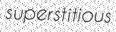
superstitious